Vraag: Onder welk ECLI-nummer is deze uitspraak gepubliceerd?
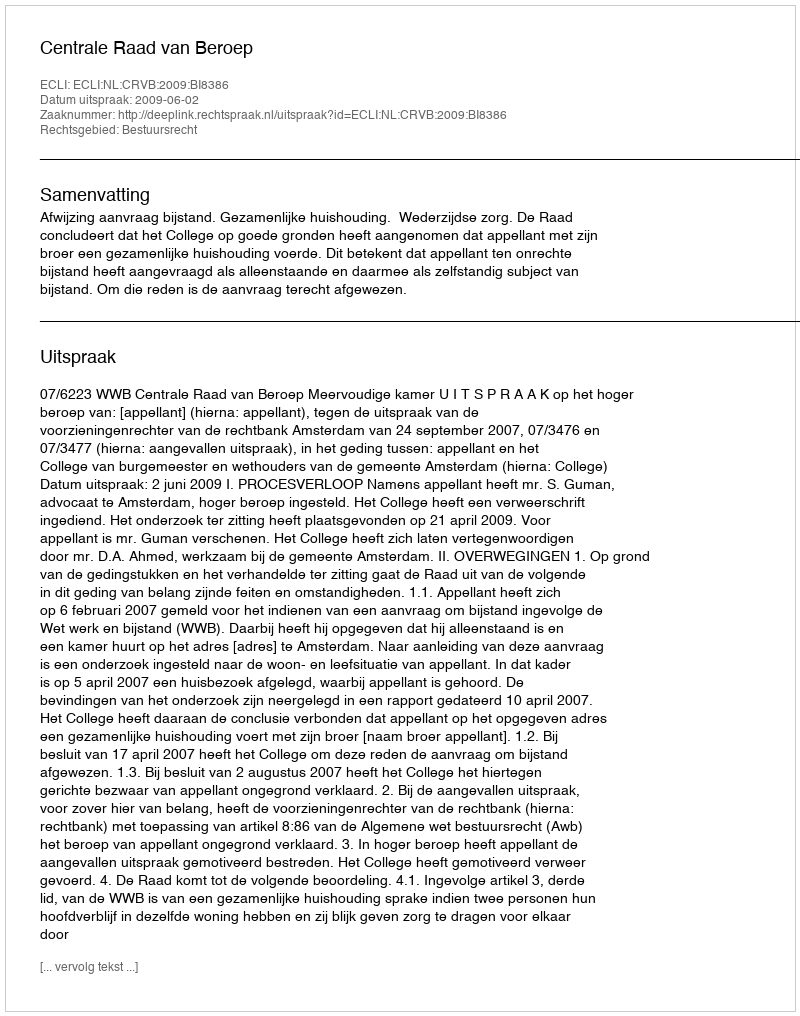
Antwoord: ECLI:NL:CRVB:2009:BI8386